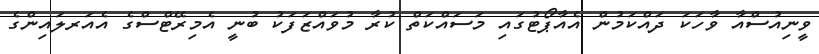
ވީނިއުސްއާ ވާހަކަ ދައްކަމުން އެއާޕޯޓުގައި މަސައްކަތް ކުރާ މުވައްޒަފަކު ބުނީ އެމިރޭޓްސްގެ އެއަރލައިންގެ